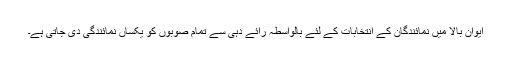
ایوان بالا میں نمائندگان کے انتخابات کے لئے بالواسطہ رائے دہی سے تمام صوبوں کو یکساں نمائندگی دی جاتی ہے۔